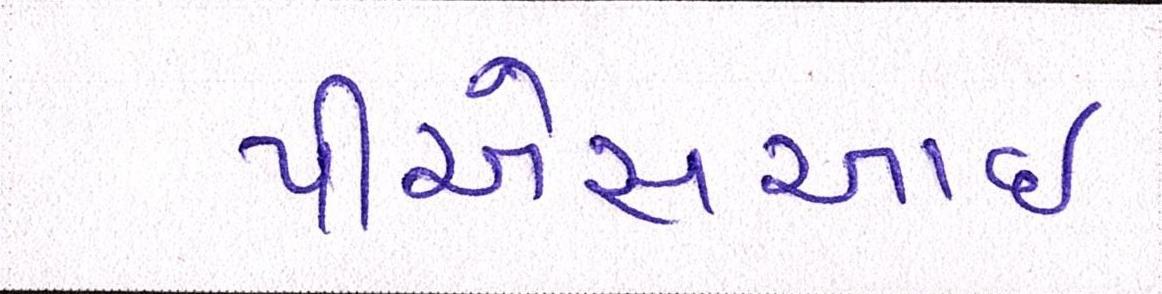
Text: પીએસઆઈ